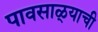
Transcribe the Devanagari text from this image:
पावसाळ्याची